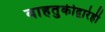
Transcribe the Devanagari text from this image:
वाहतुकीद्वारेही